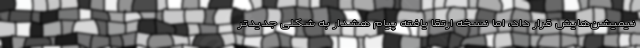
نیمیشن‌هایش قرار داد، اما نسخه ارتقا یافته پیام هشدار به شکلی جدیدتر